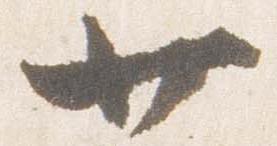
廿